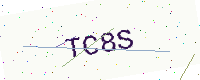
Text: TC8S